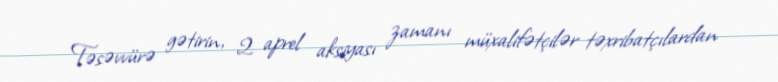
Təsəvvürə gətirin, 2 aprel aksiyası zamanı müxalifətçilər təxribatçılardan